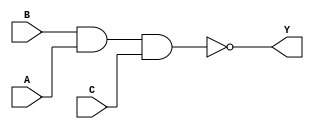
module sky130_fd_sc_ms__nand3_2 (
    Y,
    A,
    B,
    C
);
    output Y;
    input  A;
    input  B;
    input  C;
    wire nand0_out_Y;
    nand nand0 (nand0_out_Y, B, A, C        );
    buf  buf0  (Y          , nand0_out_Y    );
endmodule